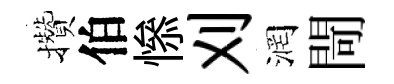
攢伯𢡖刈润閜